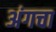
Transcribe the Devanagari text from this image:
अंगचा